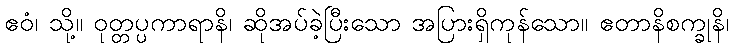
ဧဝံ၊ သို့။ ဝုတ္တပ္ပကာရာနိ၊ ဆိုအပ်ခဲ့ပြီးသော အပြားရှိကုန်သော။ ဧတာနိစက္ခုနိ၊